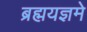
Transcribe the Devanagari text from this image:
ब्रह्मयज्ञमे